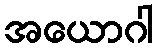
အယောဂါ